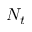
N _ { t }